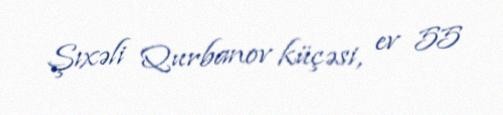
Şıxəli Qurbanov küçəsi, ev 55